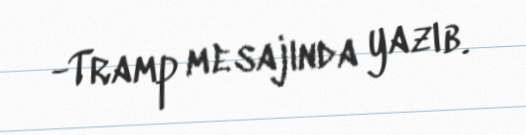
-Tramp mesajında yazıb.